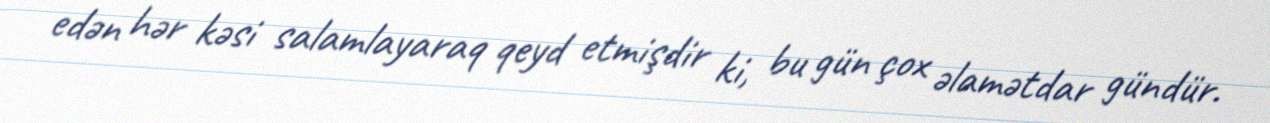
edən hər kəsi salamlayaraq qeyd etmişdir ki, bu gün çox əlamətdar gündür.